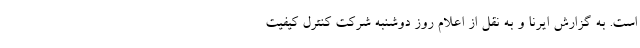
است. به گزارش ایرنا و به نقل از اعلام روز دوشنبه شرکت کنترل کیفیت